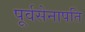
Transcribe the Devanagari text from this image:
पूर्वसेनापति